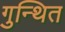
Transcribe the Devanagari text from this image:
गुन्थित